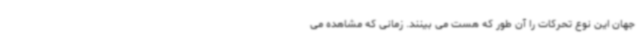
جهان این نوع تحرکات را آن طور که هست می بینند. زمانی که مشاهده می